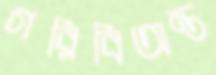
গরিবিঅন্ত